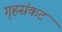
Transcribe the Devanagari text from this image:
गृहसंकट